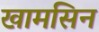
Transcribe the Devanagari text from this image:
खामसिन